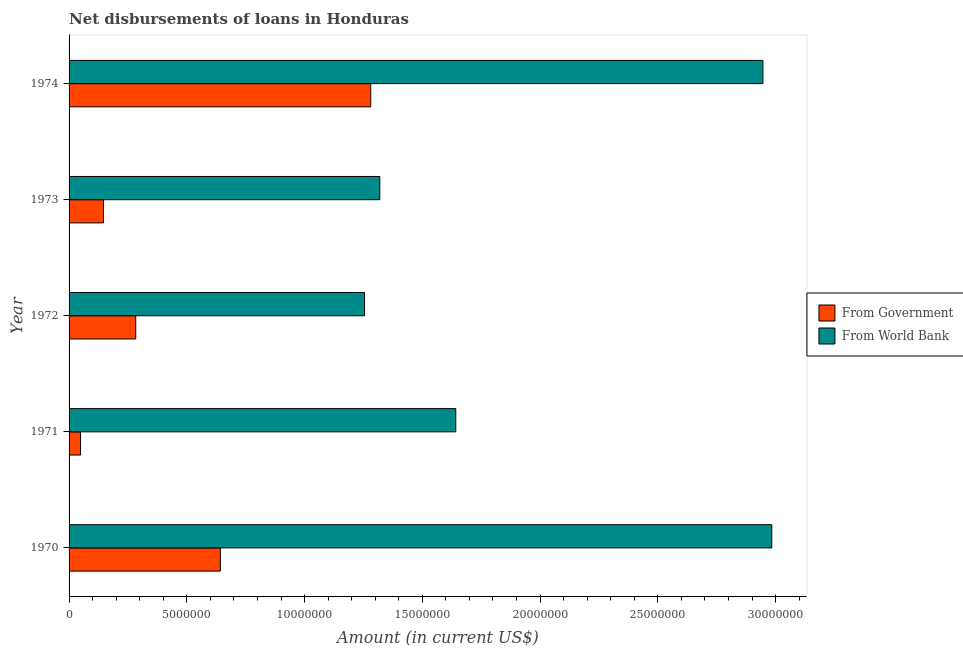
| Year | From Government | From World Bank |
 | --- | --- | --- |
 | 1970 | 6.42e+06 | 2.98e+07 |
 | 1971 | 4.87e+05 | 1.64e+07 |
 | 1972 | 2.83e+06 | 1.25e+07 |
 | 1973 | 1.46e+06 | 1.32e+07 |
 | 1974 | 1.28e+07 | 2.95e+07 |